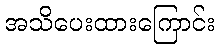
အသိပေးထားကြောင်း